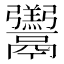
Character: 𩱧